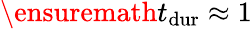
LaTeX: \ensuremath{t_{\mathrm{dur}}}\approx 1